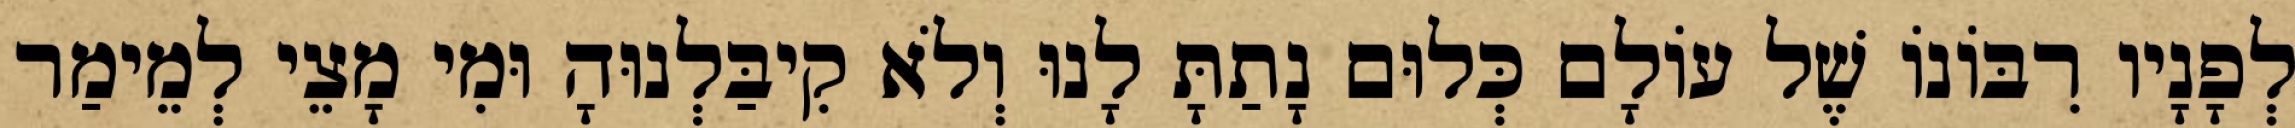
לְפָנָיו רִבּוֹנוֹ שֶׁל עוֹלָם כְּלוּם נָתַתָּ לָנוּ וְלֹא קִיבַּלְנוּהָ וּמִי מָצֵי לְמֵימַר